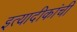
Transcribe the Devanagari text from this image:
इत्यादीकांची